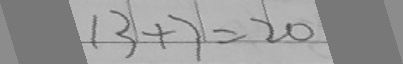
1 3 + 7 = 2 0